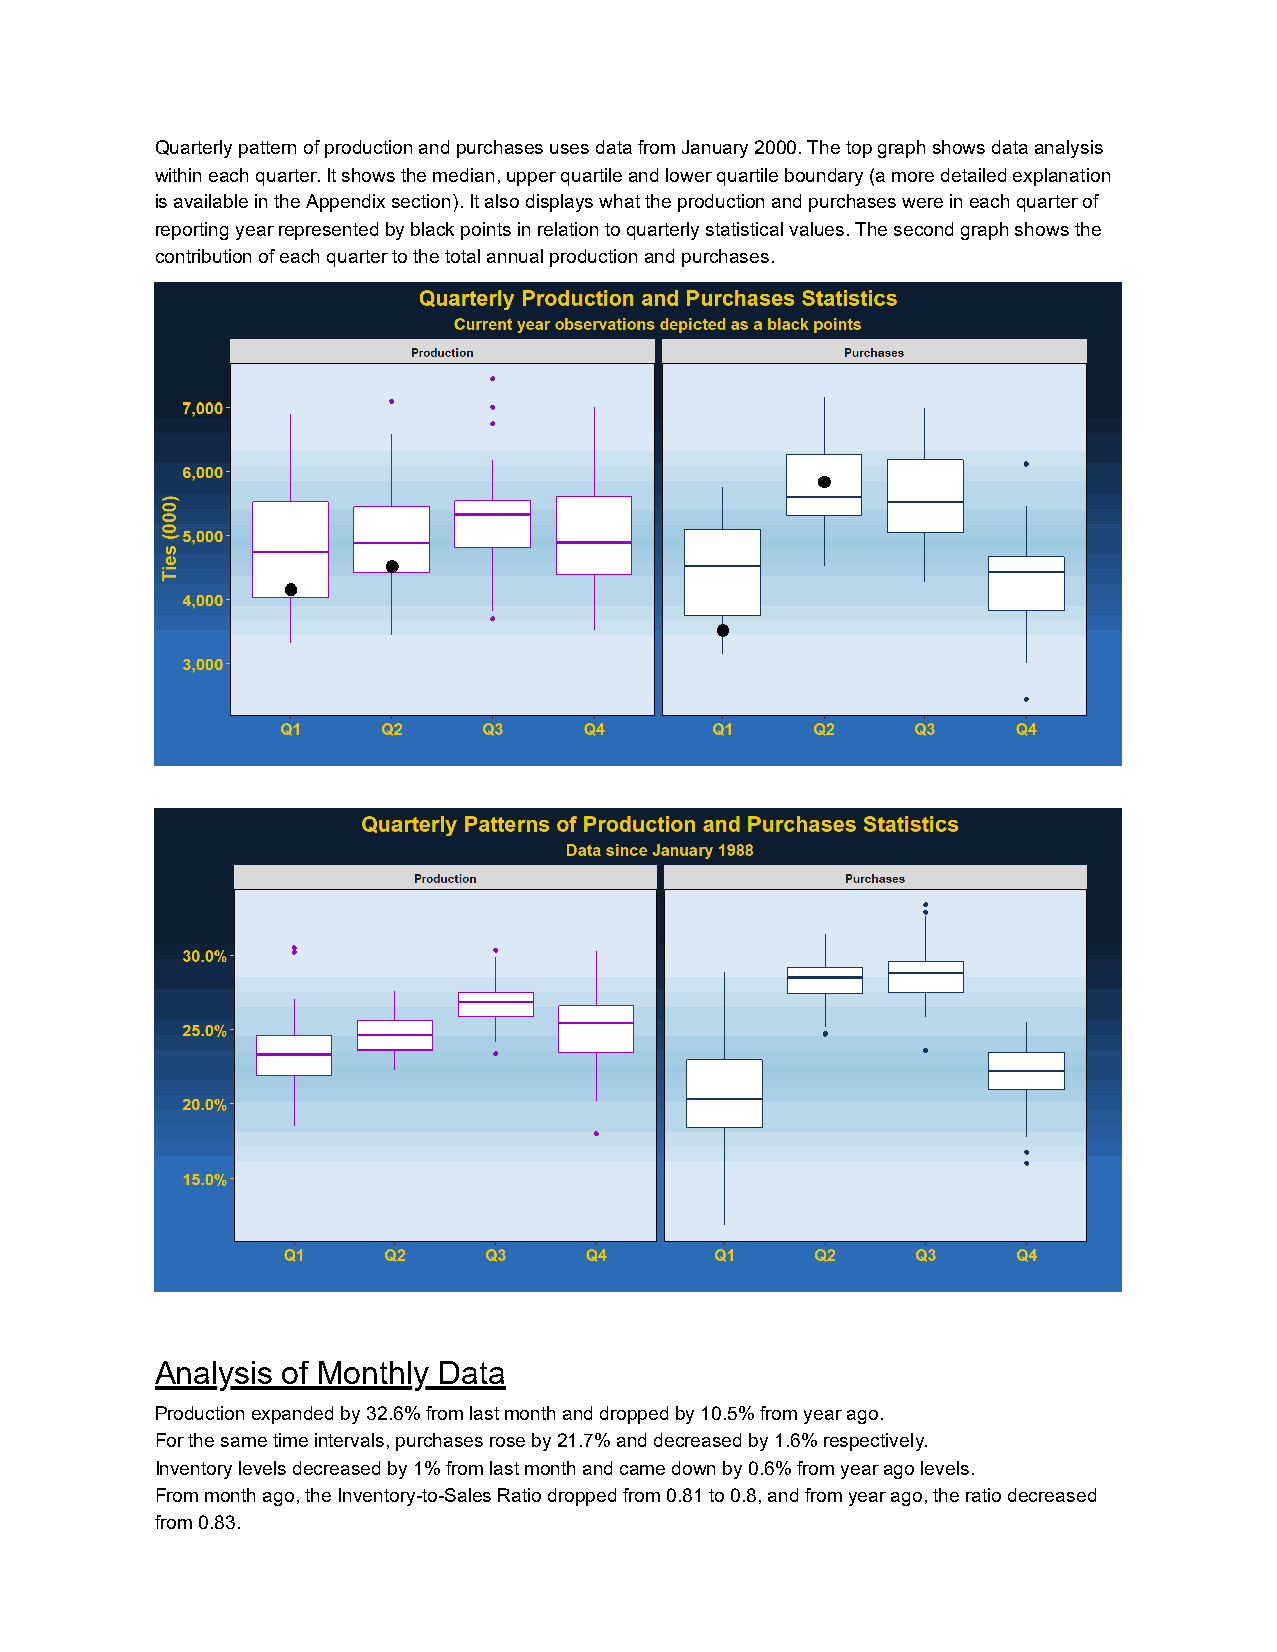
Quarterly pattern of production and purchases uses data from January 2000. The top graph shows data analysis
 within each quarter. It shows the median, upper quartile and lower quartile boundary (a more detailed explanation
 is available in the Appendix section). It also displays what the production and purchases were in each quarter of
 reporting year represented by black points in relation to quarterly statistical values. The second graph shows the
 contribution of each quarter to the total annual production and purchases.
 Analysis of Monthly Data
 Production expanded by 32.6% from last month and dropped by 10.5% from year ago.
 For the same time intervals, purchases rose by 21.7% and decreased by 1.6% respectively.
 Inventory levels decreased by 1% from last month and came down by 0.6% from year ago levels.
 From month ago, the Inventory-to-Sales Ratio dropped from 0.81 to 0.8, and from year ago, the ratio decreased
 from 0.83.